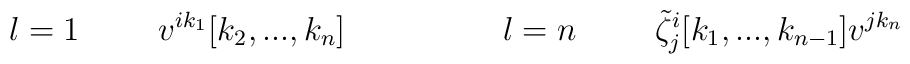
l=1 \hspace{1cm} v^{ik_{1}}[k_{2},...,k_{n}] \hspace{2cm}l=n \hspace{1cm} \tilde{\zeta}^{i}_{j} [k_{1},...,k_{n-1}]v^{jk_{n}}